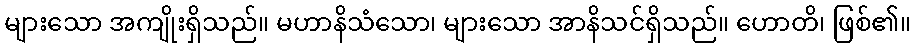
များသော အကျိုးရှိသည်။ မဟာနိသံသော၊ များသော အာနိသင်ရှိသည်။ ဟောတိ၊ ဖြစ်၏။